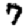
Digit: 7